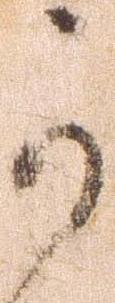
可